Civil Veterinary Dept. Assam report 1911-1927 - 1911-1927
Year: 1911
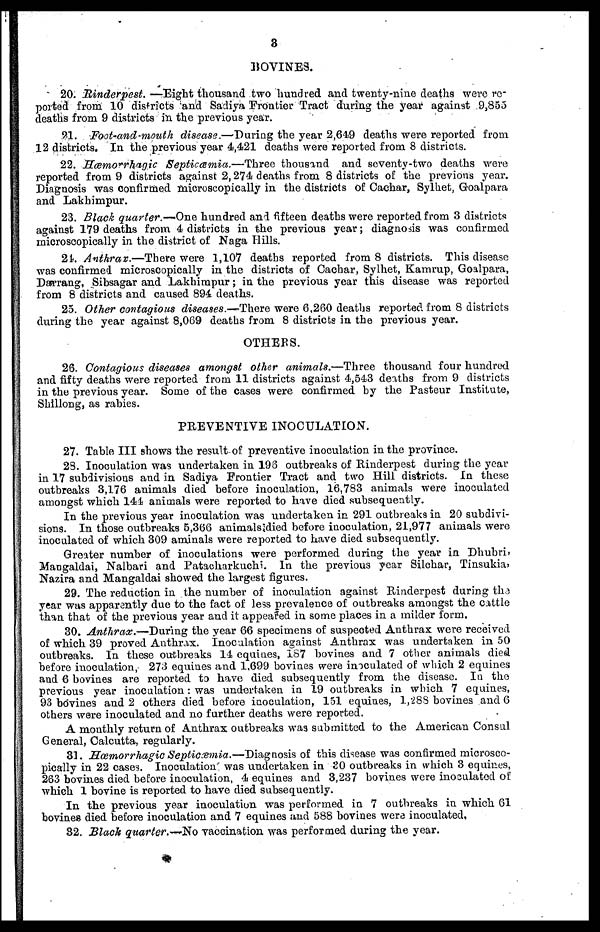
3
BOVINES.
20. Rinderpest.—Eight
thousand two hundred and twenty-nine deaths were re-
ported from 10 districts and Sadiya Frontier Tract during the year against 9,855
deaths from 9 districts in the previous year.
21. Foot-and-mouth disease.—During the year 2,649 deaths were reported from
12 districts. In the previous year 4,421 deaths were reported from 8 districts.
22. Hæmorrhagic Septicæmia.—Three thousand and seventy-two deaths were
reported from 9 districts against 2,274 deaths from 8 districts of: the previous year.
Diagnosis was confirmed microscopically in the districts of Cachar, Sylhet, Goalpara
and Lakhimpur.
23. Black quarter.—One hundred and fifteen deaths were reported from 3 districts
against 179 deaths from 4 districts in the previous year; diagnosis was confirmed
microscopically in the district of Naga Hills.
24. Anthrax.—There were 1,107 deaths reported from 8 districts. This disease
was confirmed microscopically in the districts of Cachar, Sylhet, Kamrup, Goalpara,
Darrang, Sibsagar and Lakhimpur; in the previous year this disease was reported
from 8 districts and caused 894 deaths.
25. Other contagious diseases.—There were 6,260 deaths reported from 8 districts
during the year against 8,069 deaths from 8 districts in the previous year.
OTHERS.
26. Contagious diseases amongst other animals.—Three thousand four hundred
and fifty deaths were reported from 11 districts against 4,543 deaths from 9 districts
in the previous year. Some of the cases were confirmed by the Pasteur Institute,
Shillong, as rabies.
PREVENTIVE INOCULATION.
27. Table III shows the result of preventive inoculation in the province.
23. Inoculation was undertaken in 196 outbreaks of Rinderpest during the year
in 17 subdivisions and in Sadiya Frontier Tract and two Hill districts. In these
outbreaks 3,176 animals died before inoculation, 16,783 animals were inoculated
amongst which 144 animals were reported to have died subsequently.
In the previous year inoculation was undertaken in 291 outbreaks in 20 subdivi-
sions. In those outbreaks 5,366 aniraals died before inoculation, 21,977 animals were
inoculated of which 309 aminals were reported to have died subsequently.
Greater number of inoculations were performed during the year in Dhubri,
Mangaldai, Nalbari and Patacharkuchi. In the previous year Silchar, Tinsukia,
Nazira and Mangaldai showed the largest figures.
29. The reduction in the number of inoculation against Rinderpest during the
year was apparently due to the fact of less prevalence of outbreaks amongst the cattle
than that of the previous year and it appeared in some places in a milder form.
30. Anthrax.—During the year 66 specimens of suspected Anthrax were received
of which 39 proved Anthrax. Inoculation against Anthrax was undertaken in 50
outbreaks. In these outbreaks 11 equities, 157 bovines and 7 other animals died
before inoculation, 273 equines and 1,699 bovines were inoculated of which 2 equines
and 6 bovines are reported to have died subsequently from the disease. In the
previous year inoculation: was undertaken in 19 outbreaks in which 7 equines,
93 bovines and 2 others died before inoculation, 151 equines, 1,288 bovines and 6
others were inoculated and no further deaths were reported.
A monthly return of Anthrax outbreaks was submitted to the American Consul
General, Calcutta, regularly.
31. Hæmorrhagic Septicæmia.—Diagnosis of this disease was confirmed microsco-
pically in 22 cases. Inoculation was undertaken in 30 outbreaks in which 3 equines,
263 bovines died before inoculation, 4 equines and 3,237 bovines were inoculated of
which 1 bovine is reported to have died subsequently.
In the previous year inoculation was performed in 7 outbreaks in which 61
bovines died before inoculation and 7 equines and 588 bovines were inoculated,
32. Black quarter.—No vaccination was performed during the year.